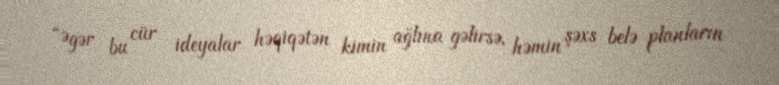
“Əgər bu cür ideyalar həqiqətən kimin ağlına gəlirsə, həmin şəxs belə planların